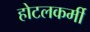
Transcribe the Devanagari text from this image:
होटलकर्मी